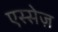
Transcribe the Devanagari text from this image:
एस्सेज़